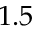
1 . 5